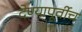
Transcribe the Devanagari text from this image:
देण्यापूर्वीच